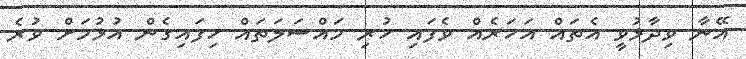
އޭނާ ވިދާޅުވީ އެތައް އަހަރެއް ވެފައި ހުރި މައްސަލަތައް ހިފައިގެން އުޅުމަށް ވުރެ